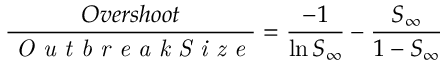
\frac { O v e r s h o o t } { \textit { O u t b r e a k S i z e } } = \frac { - 1 } { \ln S _ { \infty } } - \frac { S _ { \infty } } { 1 - S _ { \infty } }